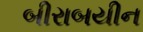
બીરાબયીન